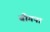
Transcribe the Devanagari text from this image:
बीगना